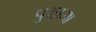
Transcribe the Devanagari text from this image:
पुआसा